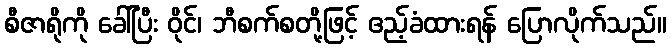
စီဇာရိုကို ခေါ်ပြီး ဝိုင်၊ ဘီစက်စတို့ဖြင့် ဧည့်ခံထားရန် ပြောလိုက်သည်။